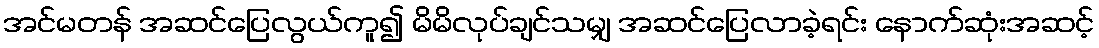
အင်မတန် အဆင်ပြေလွယ်ကူ၍ မိမိလုပ်ချင်သမျှ အဆင်ပြေလာခဲ့ရင်း နောက်ဆုံးအဆင့်